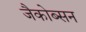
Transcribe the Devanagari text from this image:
जैकोब्सन